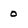
Character: 0